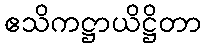
ဧသိကဋ္ဌာယိဋ္ဌိတာ